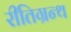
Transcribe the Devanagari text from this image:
रीतिग्रन्थ